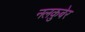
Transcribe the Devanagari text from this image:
नलकुबेर